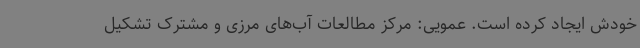
خودش ایجاد کرده است. عمویی: مرکز مطالعات آب‌های مرزی و مشترک تشکیل